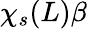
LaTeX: \chi_{s}(L)\beta